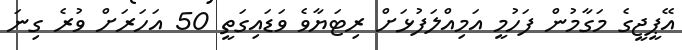
އޭޕީޖީގެ މަގާމުން ފަހުމީ އަމިއްލަފުޅަށް ރިޓަޔާވެ ވަޑައިގަތީ 50 އަހަރަށް ވުރެ ގިނަ